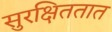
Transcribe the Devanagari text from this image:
सुरक्षिततात